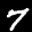
Label: 7